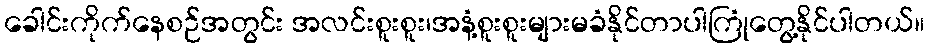
ခေါင်းကိုက်နေစဉ်အတွင်း အလင်းစူးစူး၊အနံ့စူးစူးများမခံနိုင်တာပါကြုံတွေ့နိုင်ပါတယ်။